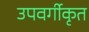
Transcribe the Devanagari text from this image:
उपवर्गीकृत